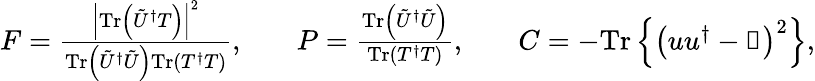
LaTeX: \begin{array}{rlrlr}{F=\frac{\left|\mathrm{Tr}\left(\tilde{U}^{\dagger}T\right)\right|^{2}}{\mathrm{Tr}\left(\tilde{U}^{\dagger}\tilde{U}\right)\mathrm{Tr}\left(T^{\dagger}T\right)},}&{}&{P=\frac{\mathrm{Tr}\left(\tilde{U}^{\dagger}\tilde{U}\right)}{\mathrm{Tr}\left(T^{\dagger}T\right)},}&{}&{C=-\mathrm{Tr}\left\{ \left(uu^{\dagger}-\mathbb{1}\right)^{2}\right\} ,}\end{array}